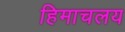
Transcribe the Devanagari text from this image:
हिमाचलय